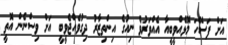
އަށް ފަސޭހަ މޮޅެއްވީބީއާ އެއްވަރުވެ ނިއުގެ އިންތިޒާރު ދިގުވެއްޖެވީބީ އަށް ވިސްނެން އޮތީ